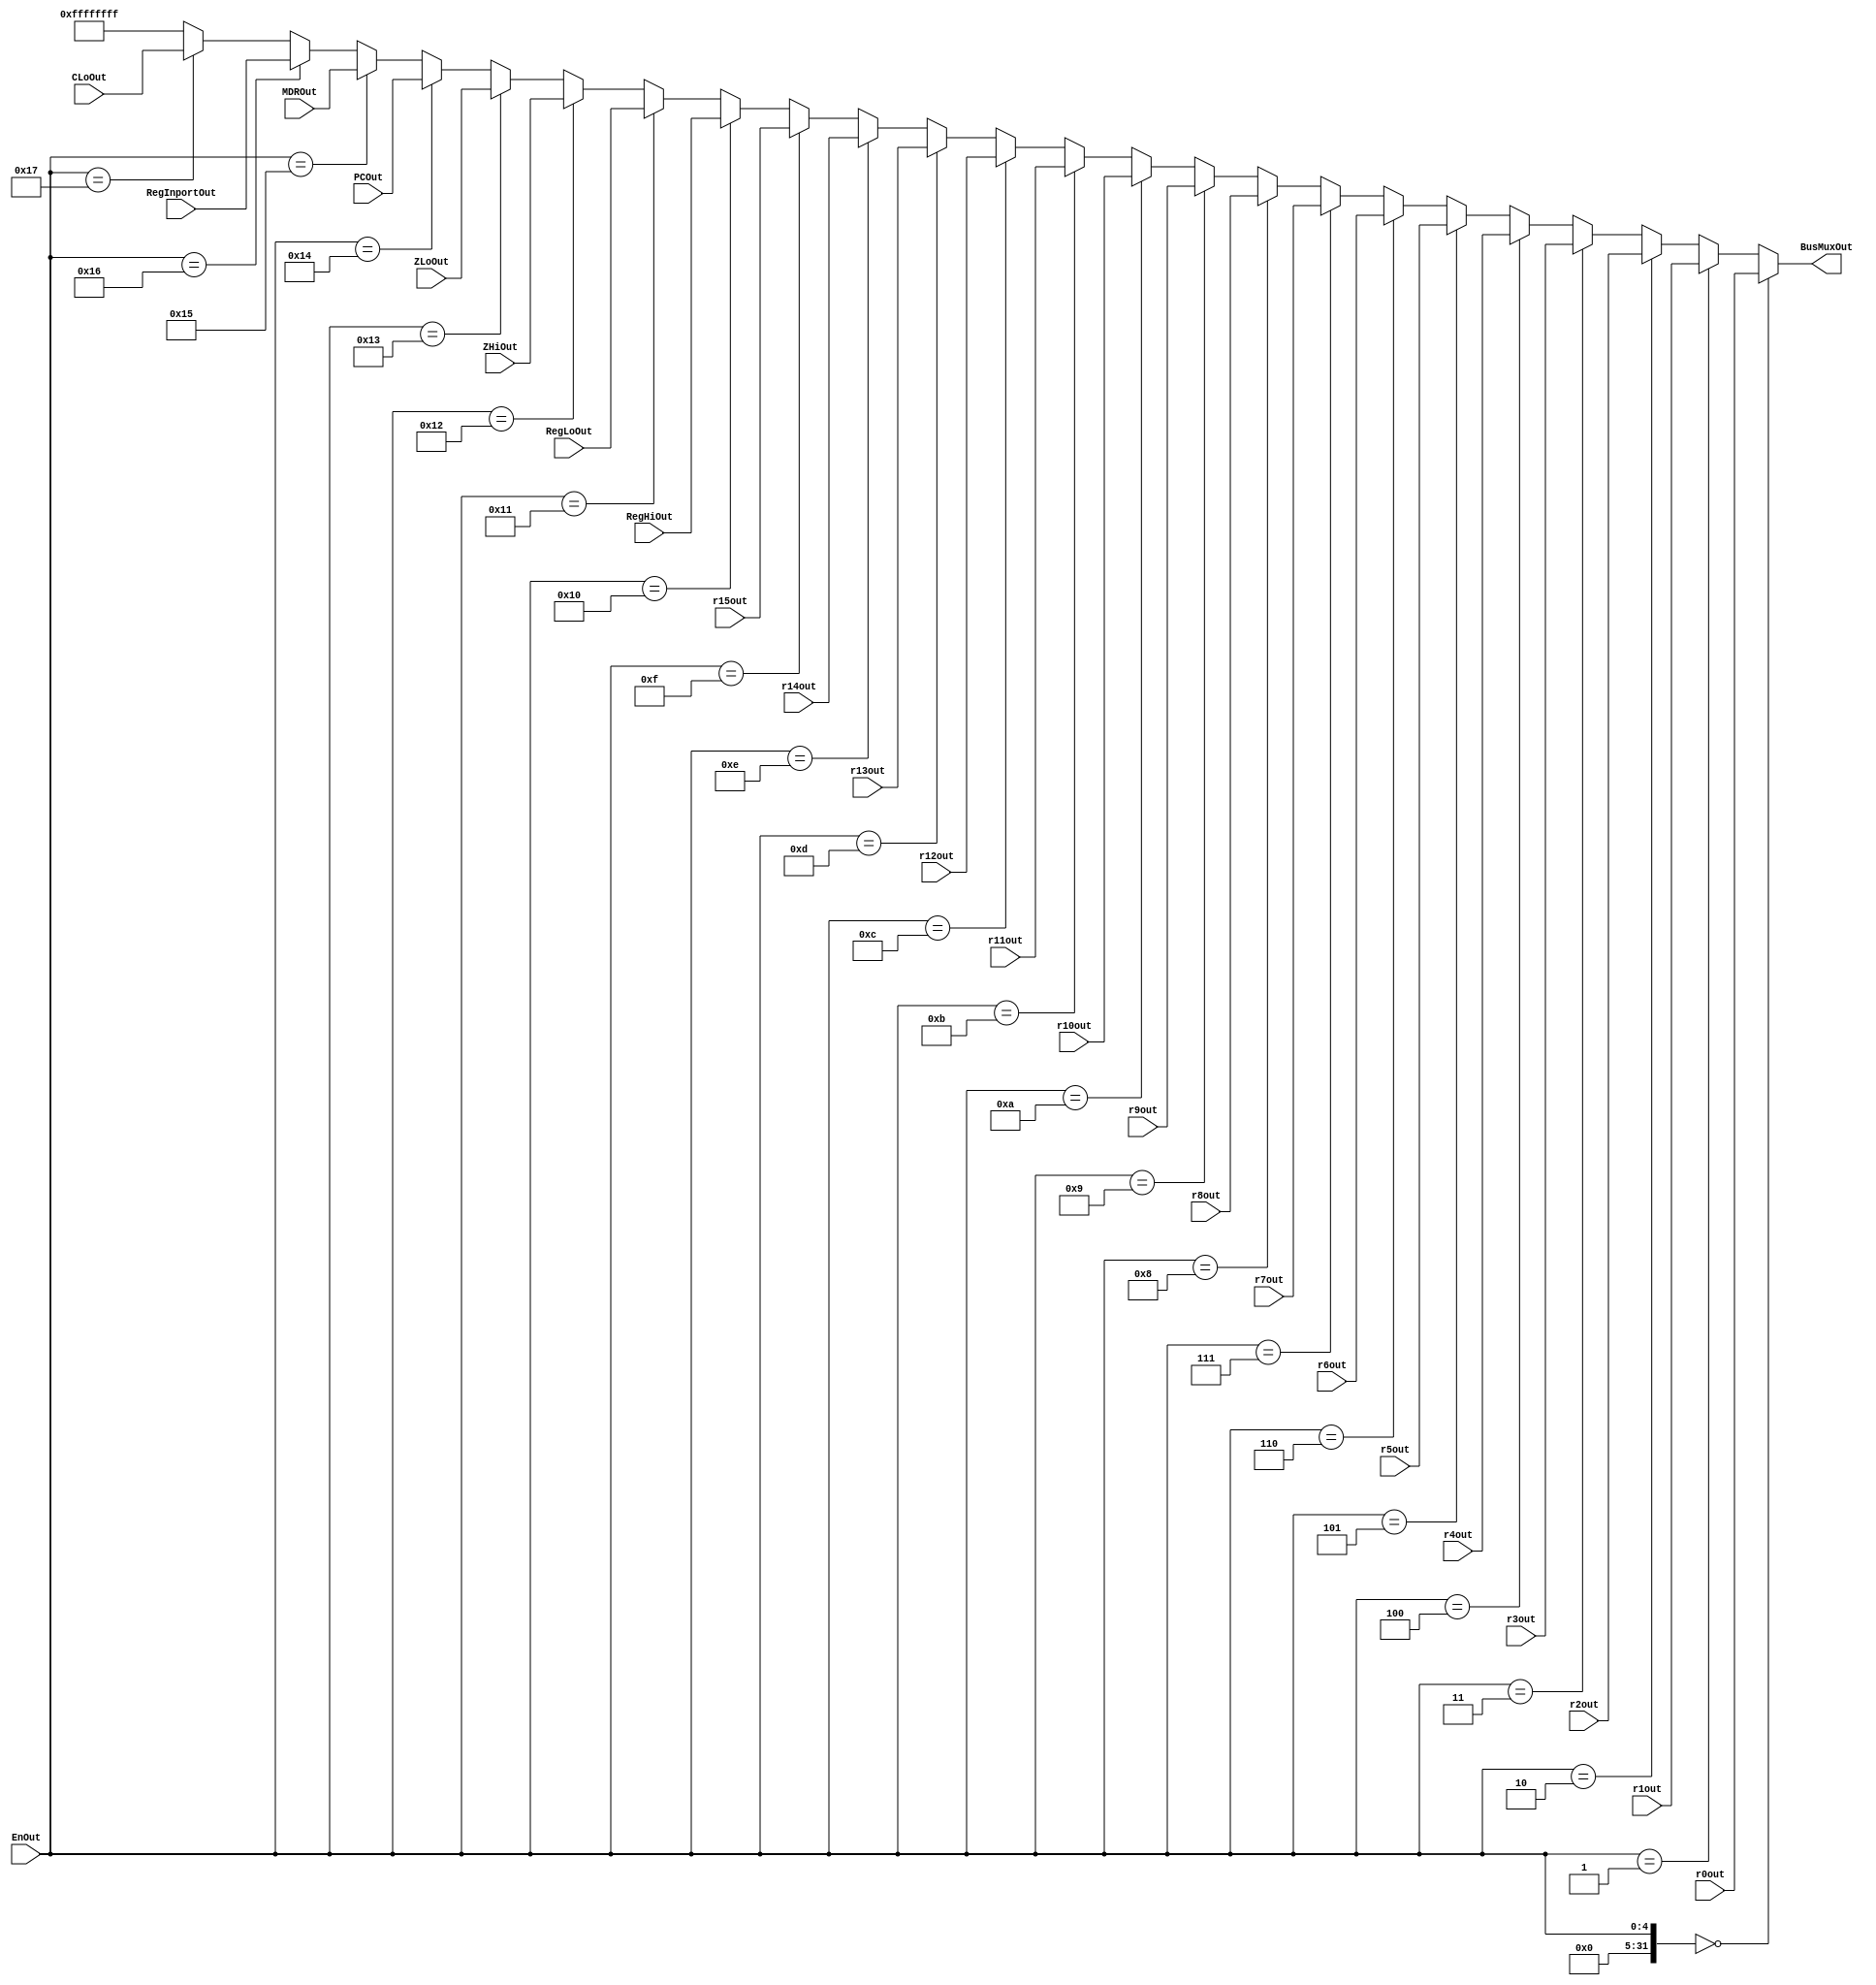
module Multiplexer(
input [31:0] r0out, r1out, r2out, r3out, r4out, r5out, r6out, r7out, r8out, r9out, r10out, r11out, r12out, r13out, r14out, r15out,RegHiOut,RegLoOut,ZHiOut,ZLoOut,PCOut,MDROut,RegInportOut,CLoOut,
input [4:0] EnOut,
output [31:0] BusMuxOut
);
	reg [31:0] BusMuxOutTemp, EnOutTemp;

	//Set the temporary BusMuxOut to be the correct output depending on the logic signal
	always @ (*) begin
		EnOutTemp <= EnOut;
	
		if (EnOutTemp == 5'b00000) BusMuxOutTemp <= r0out; else    
		if (EnOutTemp == 5'b00001) BusMuxOutTemp <= r1out; else    
		if (EnOutTemp == 5'b00010) BusMuxOutTemp <= r2out; else    
		if (EnOutTemp == 5'b00011) BusMuxOutTemp <= r3out; else   
		if (EnOutTemp == 5'b00100) BusMuxOutTemp <= r4out; else   
		if (EnOutTemp == 5'b00101) BusMuxOutTemp <= r5out; else   
		if (EnOutTemp == 5'b00110) BusMuxOutTemp <= r6out; else   
		if (EnOutTemp == 5'b00111) BusMuxOutTemp <= r7out; else   
		if (EnOutTemp == 5'b01000) BusMuxOutTemp <= r8out; else   
		if (EnOutTemp == 5'b01001) BusMuxOutTemp <= r9out; else   
		if (EnOutTemp == 5'b01010) BusMuxOutTemp <= r10out; else    
		if (EnOutTemp == 5'b01011) BusMuxOutTemp <= r11out; else    
		if (EnOutTemp == 5'b01100) BusMuxOutTemp <= r12out; else    
		if (EnOutTemp == 5'b01101) BusMuxOutTemp <= r13out; else    
		if (EnOutTemp == 5'b01110) BusMuxOutTemp <= r14out; else    
		if (EnOutTemp == 5'b01111) BusMuxOutTemp <= r15out; else    
		if (EnOutTemp == 5'b10000) BusMuxOutTemp <= RegHiOut; else
		if (EnOutTemp == 5'b10001) BusMuxOutTemp <= RegLoOut; else
		if (EnOutTemp == 5'b10010) BusMuxOutTemp <= ZHiOut; else
		if (EnOutTemp == 5'b10011) BusMuxOutTemp <= ZLoOut; else
		if (EnOutTemp == 5'b10100) BusMuxOutTemp <= PCOut; else
		if (EnOutTemp == 5'b10101) BusMuxOutTemp <= MDROut; else
		if (EnOutTemp == 5'b10110) BusMuxOutTemp <= RegInportOut; else
		if (EnOutTemp == 5'b10111) BusMuxOutTemp <= CLoOut;
		else BusMuxOutTemp <= 32'hFFFFFFFF;
	end
	
	assign BusMuxOut = BusMuxOutTemp [31:0];
	
endmodule